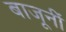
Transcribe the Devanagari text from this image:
बाजूनीं